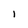
Character: 1